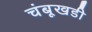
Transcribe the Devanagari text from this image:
चंबूखडी